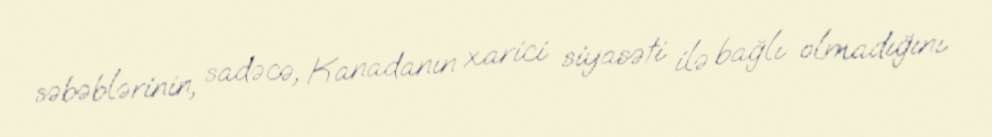
səbəblərinin, sadəcə, Kanadanın xarici siyasəti ilə bağlı olmadığını